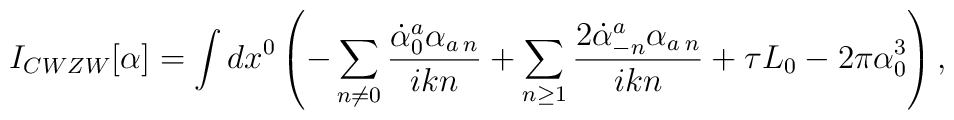
I_{CWZW}[\alpha]= \int dx^0 \left( - \sum_{n\neq 0}  \frac{ \dot{\alpha}_0^a \alpha_{a\:n}}{ikn} + \sum_{n\ge 1} \frac{2    \dot{\alpha}_{-n}^a \alpha_{a\:n}}{ikn}+ \tau L_0 - 2\pi  \alpha_0^3 \right),